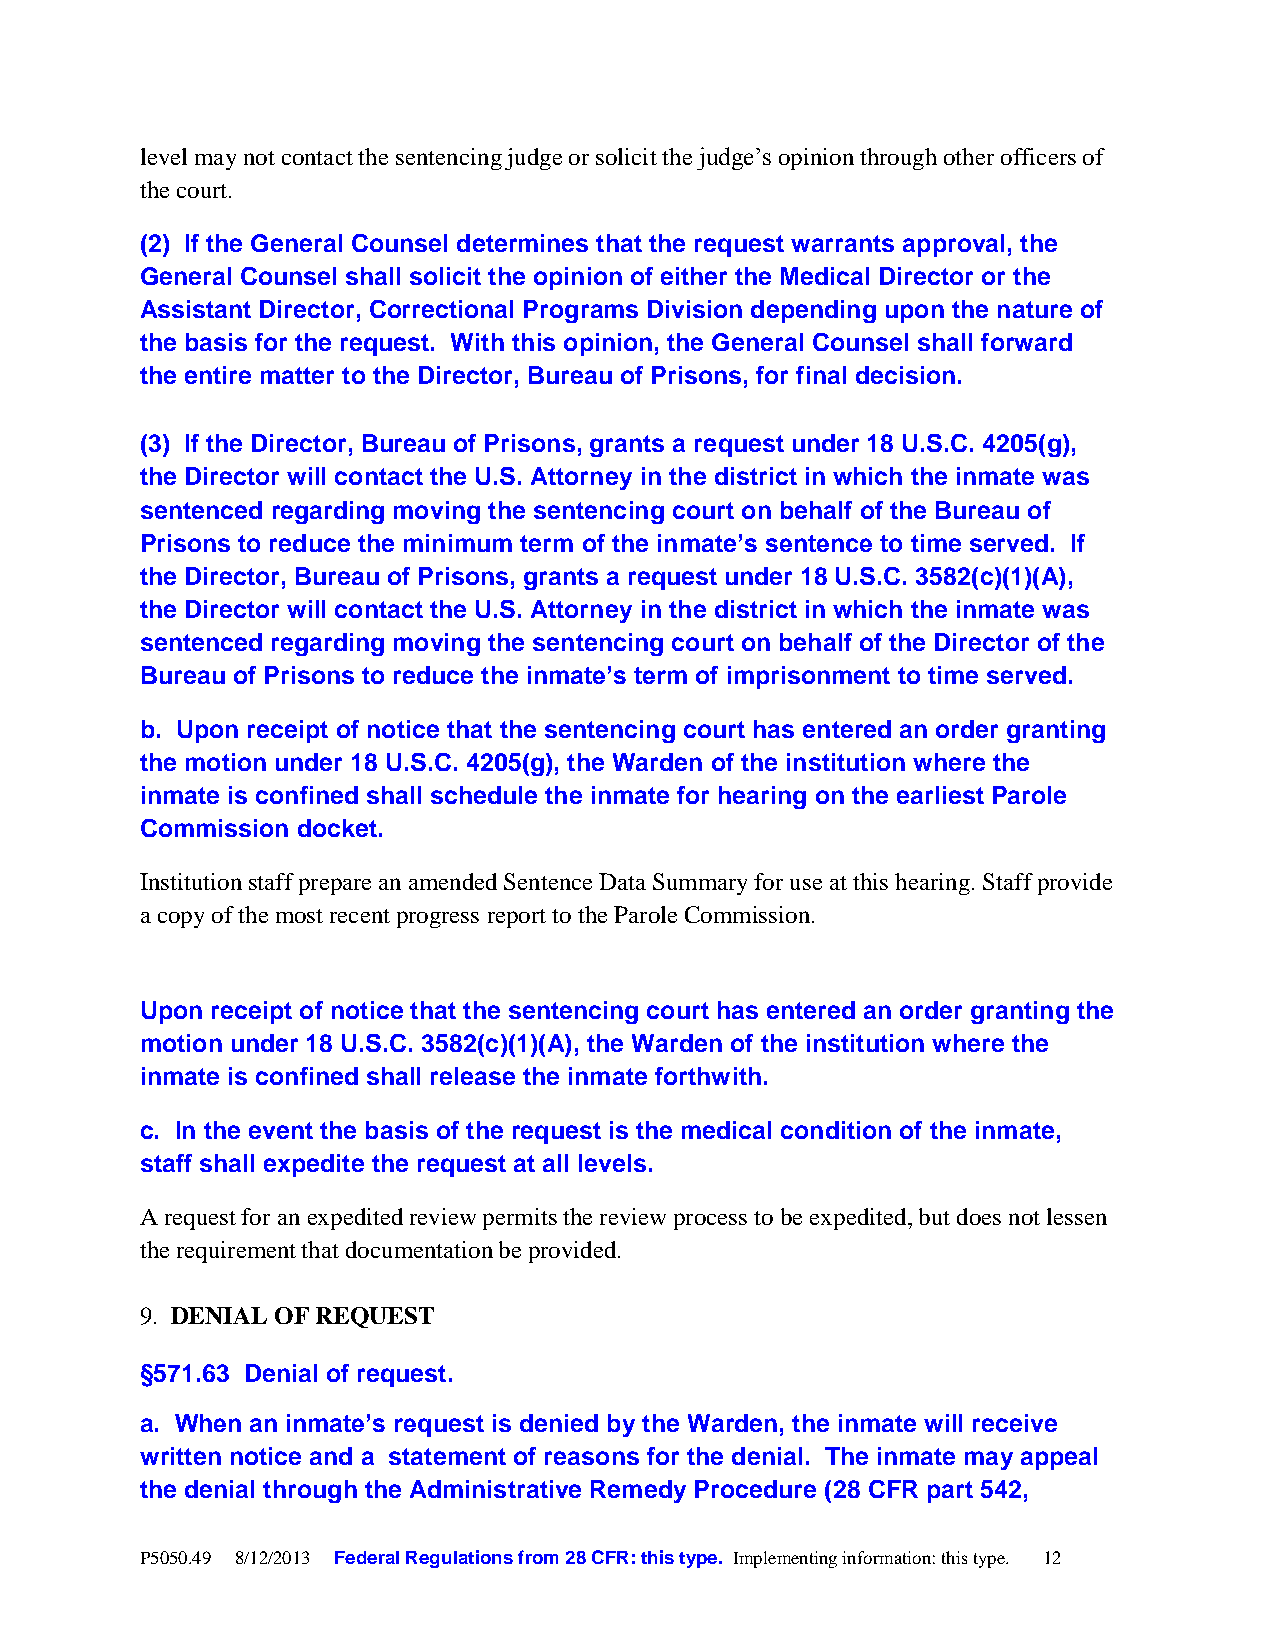
level may not contact the sentencing judge or solicit the judge’s opinion through other officers of
 the court.
 (2) If the General Counsel determines that the request warrants approval, the
 General Counsel shall solicit the opinion of either the Medical Director or the
 Assistant Director, Correctional Programs Division depending upon the nature of
 the basis for the request. With this opinion, the General Counsel shall forward
 the entire matter to the Director, Bureau of Prisons, for final decision.
 (3) If the Director, Bureau of Prisons, grants a request under 18 U.S.C. 4205(g),
 the Director will contact the U.S. Attorney in the district in which the inmate was
 sentenced regarding moving the sentencing court on behalf of the Bureau of
 Prisons to reduce the minimum term of the inmate’s sentence to time served. If
 the Director, Bureau of Prisons, grants a request under 18 U.S.C. 3582(c)(1)(A),
 the Director will contact the U.S. Attorney in the district in which the inmate was
 sentenced regarding moving the sentencing court on behalf of the Director of the
 Bureau of Prisons to reduce the inmate’s term of imprisonment to time served.
 b. Upon receipt of notice that the sentencing court has entered an order granting
 the motion under 18 U.S.C. 4205(g), the Warden of the institution where the
 inmate is confined shall schedule the inmate for hearing on the earliest Parole
 Commission docket.
 Institution staff prepare an amended Sentence Data Summary for use at this hearing. Staff provide
 a copy of the most recent progress report to the Parole Commission.
 Upon receipt of notice that the sentencing court has entered an order granting the
 motion under 18 U.S.C. 3582(c)(1)(A), the Warden of the institution where the
 inmate is confined shall release the inmate forthwith.
 c. In the event the basis of the request is the medical condition of the inmate,
 staff shall expedite the request at all levels.
 A request for an expedited review permits the review process to be expedited, but does not lessen
 the requirement that documentation be provided.
 9. DENIAL OF REQUEST
 §571.63 Denial of request.
 a. When an inmate’s request is denied by the Warden, the inmate will receive
 written notice and a statement of reasons for the denial. The inmate may appeal
 the denial through the Administrative Remedy Procedure (28 CFR part 542,
 P5050.49 8/12/2013 Federal Regulations from 28 CFR: this type. Implementing information: this type. 12